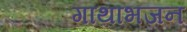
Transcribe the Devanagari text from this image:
गाथाभजन